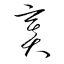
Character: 竇